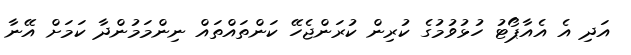
އަދި އެ އެއާޕޯޓު ހުޅުވުމުގެ ކުރިން ކުރަންޖެހޭ ކަންތައްތައް ނިންމަމުންދާ ކަމަށް އޭނާ